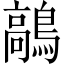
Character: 鶮